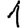
Digit: 1